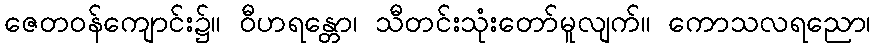
ဇေတဝန်ကျောင်း၌။ ဝီဟရန္တော၊ သီတင်းသုံးတော်မူလျက်။ ကောသလရညော၊